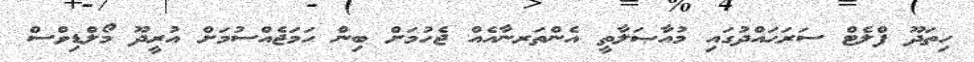
ހިތަދޫ ފްލެޓް ސަރަޙައްދުގައި މުއާޞަލާތީ އެންތަރނާއެއް ޖެހުމަށް ބިން ހަމަޖެއްސުމަށް އުރީދޫ މޯލްޑިވްސް